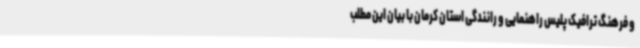
و فرهنگ ترافیک پلیس راهنمایی و رانندگی استان کرمان با بیان این مطلب